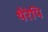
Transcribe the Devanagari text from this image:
थैरेपि